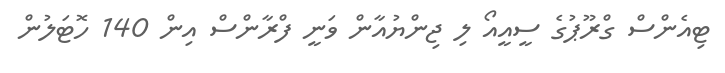
ޓިއެންސް ގްރޫޕުގެ ސީއީއޯ ލި ޖިންޔުއާން ވަނީ ފްރާންސް އިން 140 ހޮޓަލުން